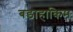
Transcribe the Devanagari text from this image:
बडाहाकिम